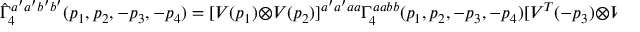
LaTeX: \hat { \Gamma } _ { 4 } ^ { a ^ { \prime } a ^ { \prime } b ^ { \prime } b ^ { \prime } } ( p _ { 1 } , p _ { 2 } , - p _ { 3 } , - p _ { 4 } ) = [ V ( p _ { 1 } ) \otimes V ( p _ { 2 } ) ] ^ { a ^ { \prime } a ^ { \prime } a a } { \Gamma } _ { 4 } ^ { a a b b } ( p _ { 1 } , p _ { 2 } , - p _ { 3 } , - p _ { 4 } ) [ V ^ { T } ( - p _ { 3 } ) \otimes V ^ { T } ( - p _ { 4 } ) ] ^ { b b b ^ { \prime } b ^ { \prime } } .